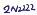
Text: 2N2222